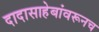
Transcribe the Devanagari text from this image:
दादासाहेबांवरूनच